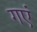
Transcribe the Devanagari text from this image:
गएं